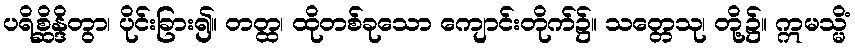
ပရိစ္ဆိန္ဒိတွာ၊ ပိုင်းခြား၍။ တတ္ထ၊ ထိုတစ်ခုသော ကျောင်းတိုက်၌။ သတ္တေသု၊ တို့၌။ ဣမသ္မိံ